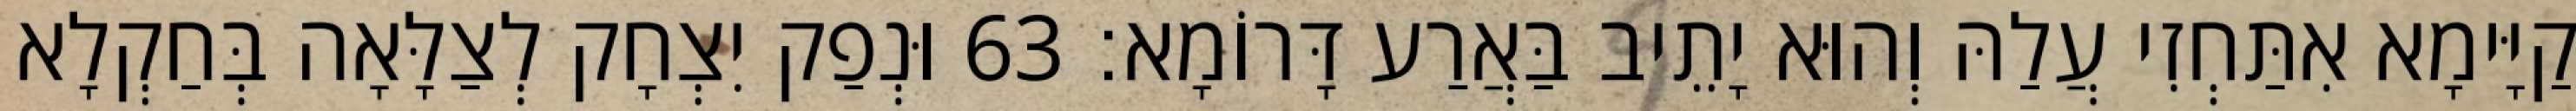
קַיָּימָא אִתַּחְזִי עֲלַהּ וְהוּא יָתֵיב בַּאֲרַע דָּרוֹמָא׃ 63 וּנְפַק יִצְחָק לְצַלָּאָה בְּחַקְלָא